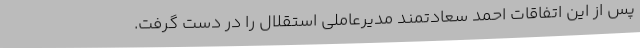
پس از این اتفاقات احمد سعادتمند مدیرعاملی استقلال را در دست گرفت.